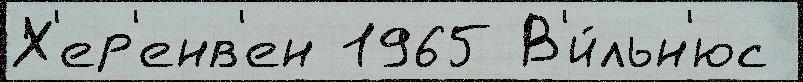
Х'ер'енв'ен 1965 В'и́льн'юс